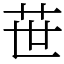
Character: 𦭓